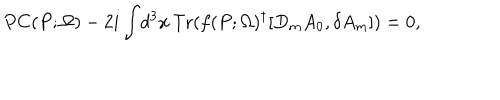
P C ( P ; \Omega ) - 2 i \int \! d ^ { 3 } x \, \mathrm { T r } ( f ( P ; \Omega ) ^ { \dagger } [ D _ { m } A _ { 0 } , \delta A _ { m } ] ) = 0 ,